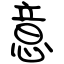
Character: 意